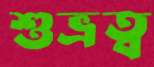
শুভ্রত্ব